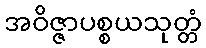
အဝိဇ္ဇာပစ္စယသုတ္တံ